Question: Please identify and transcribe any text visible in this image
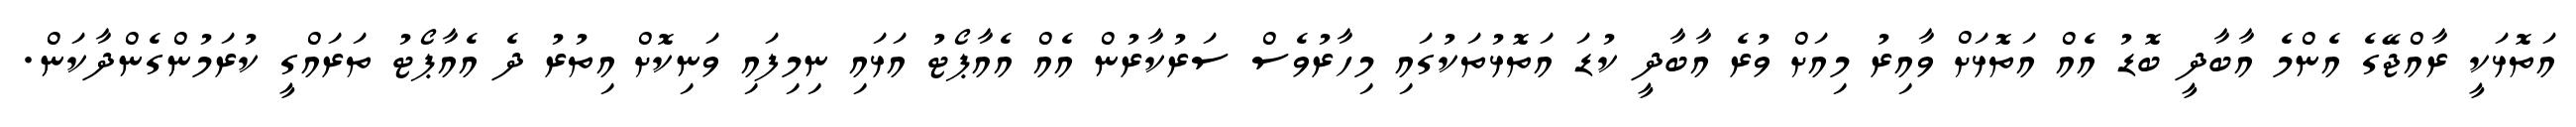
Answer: އަތޮޅަކީ ރާއްޖޭގެ އެންމެ އާބާދީ ބޮޑު އެއް އަތޮޅަށް ވާއިރު މިއަށް ވުރެ އާބާދީ ކުޑަ އަތޮޅުތަކުގައި މިހާރުވެސް ސަރުކާރުން އެއް އެއާޕޯޓު އަޅައި ނިމިފައި ވަނިކޮށް އިތުރު ދެ އެއާޕޯޓު ތަރައްގީ ކުރަމުންގެންދާކަން.